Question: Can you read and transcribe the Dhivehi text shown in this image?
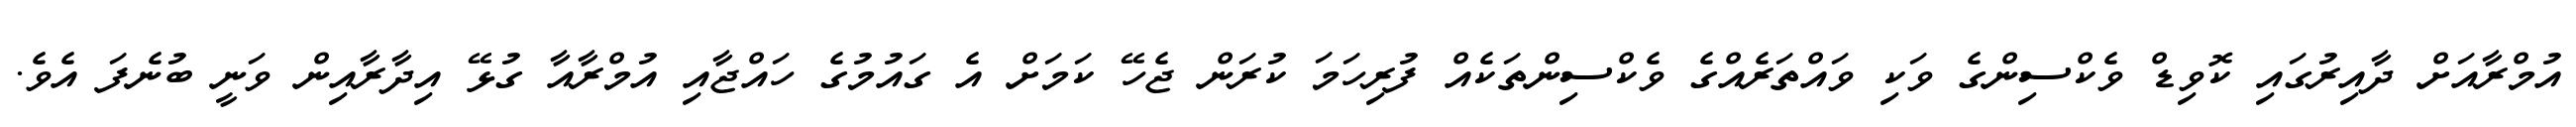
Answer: އުމްރާއަށް ދާއިރުގައި ކޮވިޑް ވެކްސިންގެ ވަކި ވައްތަރެއްގެ ވެކްސިންތަކެއް ފުރިހަމަ ކުރަން ޖެހޭ ކަމަށް އެ ގައުމުގެ ހައްޖާއި އުމްރާއާ ގުޅޭ އިދާރާއިން ވަނީ ބުނެފަ އެވެ.